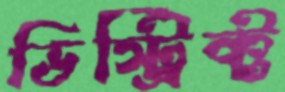
ডিস্ট্রিক্ট